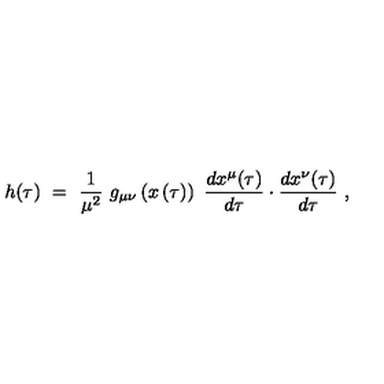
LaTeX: h ( \tau ) \ = \ \frac { 1 } { \mu ^ { 2 } } \ g _ { \mu \nu } \left( x \left( \tau \right) \right) \ \frac { d x ^ { \mu } ( \tau ) } { d \tau } \cdot \frac { d x ^ { \nu } ( \tau ) } { d \tau } \ ,